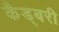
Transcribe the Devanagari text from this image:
कैड्बरी